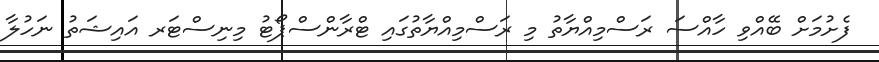
ފެށުމަށް ބޭއްވި ހާއްސަ ރަސްމިއްޔާތު މި ރަސްމިއްޔާތުގައި ޓްރާންސްޕޯޓު މިނިސްޓަރ އައިޝަތު ނަހުލާ